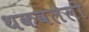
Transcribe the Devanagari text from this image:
थकवलेली